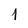
Character: 1